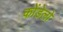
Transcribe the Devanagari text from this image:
कोंडेलो